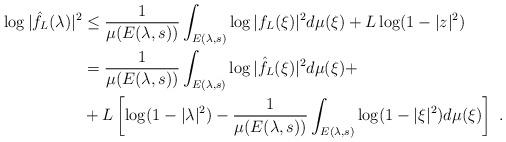
LaTeX: \begin{align*} \log |\hat f_L(\lambda)|^2 &\leq \frac{1}{\mu (E(\lambda,s))}\int_{E(\lambda,s)}\log | f_L(\xi)|^2 d\mu(\xi) +L\log(1-|z|^2)\\ &=\frac{1}{\mu (E(\lambda,s))}\int_{E(\lambda,s)}\log |\hat f_L(\xi)|^2 d\mu(\xi)+\\ &+ L\left[\log(1-|\lambda|^2) - \frac{1}{\mu (E(\lambda,s))}\int_{E(\lambda,s)}\log (1-|\xi|^2) d\mu(\xi)\right]\ . \end{align*}